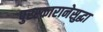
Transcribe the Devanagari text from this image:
पुरस्कारानेसुद्धा